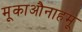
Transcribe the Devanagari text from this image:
मूकाऔनाहमू